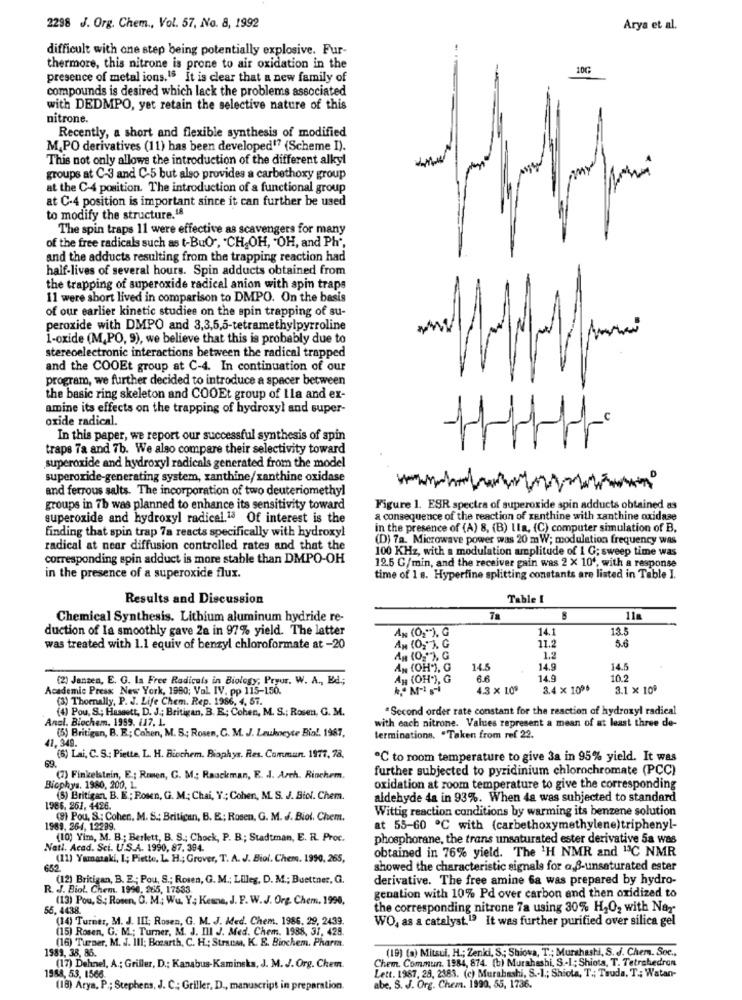
2298 J. Org. Chem ., Vol. 57, No. 8, 1992
Arya et al.
difficult with one step being potentially explosive. Fur-
thermore, this nitrone is prone to air oxidation in the
10G
presence of metal ions.18 It is clear that a new family of
compounds is desired which lack the problems associated
with DEDMPO, yet retain the selective nature of this
nitrone.
Recently, a short and flexible synthesis of modified
M.PO derivatives (11) has been developed17 (Scheme I).
This not only allows the introduction of the different alkyl
groups at C-3 and C-5 but also provides a carbethoxy group
at the C-4 position. The introduction of a functional group
at C-4 position is important since it can further be used
to modify the structure.18
The spin traps 11 were effective as scavengers for many
of the free radicals such as t-BuO", "CH,OH, "OH, and Ph",
and the adducts resulting from the trapping reaction had
half-lives of several hours. Spin adducts obtained from
the trapping of superoxide radical anion with apin traps
11 were short lived in comparison to DMPO. On the basis
of our earlier kinetic studies on the spin trapping of su-
peroxide with DMPO and 3,3,5,5-tetramethylpyrroline
1-oxide (M,PO, 9), we believe that this is probably due to
stereoelectronic interactions between the radical trapped
and the COOEt group at C-4. In continuation of our
program, we further decided to introduce a spacer between
the basic ring skeleton and COOEt group of Ila and ex-
amine its effects on the trapping of hydroxyl and super-
oxide radical.
In this paper, we report our successful synthesis of spin
traps 7a and 7b. We also compare their selectivity toward
superoxide and hydroxyl radicals generated from the model
superoxide-generating system, xanthine/xanthine oxidase
and ferrous salts. The incorporation of two deuteriomethyl
groups in 7b was planned to enhance its sensitivity toward
Figure 1. ESR spectra of superoxide spin adducts obtained as
superoxide and hydroxyl radical.13 Of interest is the
a consequence of the reaction of xanthine with xanthine oxidase
finding that spin trap 7a reacts specifically with hydroxyl
in the presence of (A) 8, (B) Lla, (C) computer simulation of B.
(D) 7a. Microwave power was 20 mW; modulation frequency was
radical at near diffusion controlled rates and that the
100 KHz, with a modulation amplitude of 1 G; sweep time was
corresponding spin adduct is more stable than DMPO-OH
12.5 G/min, and the receiver gain was 2 x 10', with a response
in the presence of a superoxide flux.
time of 1 s. Hyperfine splitting constants are listed in Table I.
Results and Discussion
Table I
Chemical Synthesis. Lithium aluminum hydride re-
7a
11a
duction of Ia smoothly gave 2a in 97% yield. The latter
AN (02"). G
14.1
13.5
5.6
was treated with 1.1 equiv of benzyl chloroformate at -20
11.2
1.2
AN (OH"), G
14.5
14.9
14.5
(2) Janzen, E. G. la Free Radicals in Biology; Pryur. W. A ., Ed;
An (OH"), G
6.6
14.9
10.2
Academic Press New York, 1980; Vol. IV. pp 115-150.
4.3 x LOS
3.4 × 1095
3.1 × 10º
(3) Thornally, P. J. Life Chem. Rep. 1966, 4, 57.
(4) Pou, S .; Hassett, D. J .; Britigan, B. E; Cohen, M. S .; Rosen, G. M.
"Second order rate constant for the reaction of hydroxyl radical
Anal. Biochem. 1959, 117. 1.
with each nitrone. Values represent a mean of at least three de-
(5) Britigan, B. E; Cohen, M. 5; Rosen, C. M. J. Leukocyte Bio !. 1987,
41, 349.
terminations. "Taken from ref 22.
69.
(6) Lai, C. S .; Piette, L. H. Biochem. Biophys. Res. Commun. 1977, 78,
℃ to room temperature to give 3a in 95% yield. It was
further subjected to pyridinium chlorochromate (PCC)
(7) Finkelstein, E .; Ramen, G. M .; Rauckman, E. J. Arch. Riochem.
Bicphys. 1980, 200, 1.
oxidation at room temperature to give the corresponding
(5) Britigen, B. E .; Rosen, G. M .; Chai, Y .; Cohen, M. S. J. Biol. Chem.
aldehyde da in 93%. When 4a was subjected to standard
1966. 261, 4426.
Wittig reaction conditions by warming its benzene solution
(9) Pou, S .: Cohen. M. S .: Britican, B. E .; Rosen, G. M. J. Biol, Chem.
1989, 264, 12289.
at 55-60 ℃ with (carbethoxymethylene)triphenyl-
(10) Vim, M. B .; Berlett, B. S .: Chock, P. B .; Stadtman, E. R. Proc.
phosphorane, the trans unsaturated ester derivative 5a was
Natl. Acad. Sci. U.S.A. 1990, 87, 394.
obtained in 76% yield. The 'H NMR and "3C NMR
(11) Yamazaki, I; Piette, L. H .; Grover, T. A. J. Biol. Chem. 1990. 265,
652
showed the characteristic signals for a,B-unsaturated ester
(12) Britigan, B. E .; Pou, S .; Rosen, G. M .; Lilleg, D. M .; Buettner, G.
derivative. The free amine Ga was prepared by hydro-
R. J. Biol. Chem. 1990, 265, 17533.
genation with 10% Pd over carbon and then oxidized to
(13) Pou, S .; Romen, O. M .; Wu. Y; Keane, J. F. W.J. Org. Chem. 1990,
55, 4438.
the corresponding nitrone 7a using 30% H2O2 with Nay
(14) Turner, M. J. III; Rosen, G. M. J. Med. Chem. 1986. 29, 2439.
WO, as a catalyst.19 It was further purified over silica gel
(15) Rosen, G. M .; Turner, M. J. Ill J. Med. Chem. 1988, 31, 428.
(16) Tuser, M. J. Ill; Boearth, C. H .; Strauss, K. E. Biochem. Pharm.
1989, 38, 86.
(19) (a) Mitsui, H .; Zenki, S .; Shiova, T .; Murahashi, S. J. Chem. Soc .,
Chem. Commun. 1984, 874. (b) Murahashi, S .- I; Shiota, T. Tetrahedron
(17) Dehnel, A .; Griller, D .; Kanabus-Kaminska, J. M. J. Org. Chem
Lett. 1987, 28, 2383. (c) Murabashi, S .- 1 .; Shiota, T .; Truda, T .; Watan-
1988, 53, 1566.
(18) Arya, P .; Stephens, J. C .; Griller, D ., manuscript in preparation.
abe, S. J. Org. Chem. 1990, 55, 1736.